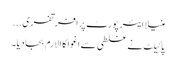
منیلا ایئر پورٹ پرافرتفری...
پائیلٹ نے غلطی سے اغوا کا الارم بجادیا۔